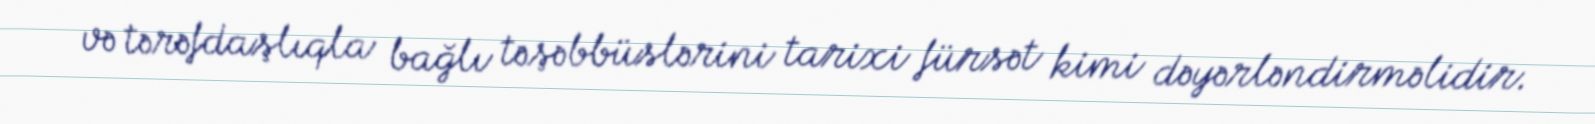
və tərəfdaşlıqla bağlı təşəbbüslərini tarixi fürsət kimi dəyərləndirməlidir.